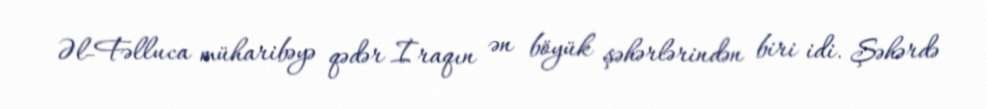
Əl-Fəlluca müharibəyə qədər İraqın ən böyük şəhərlərindən biri idi. Şəhərdə